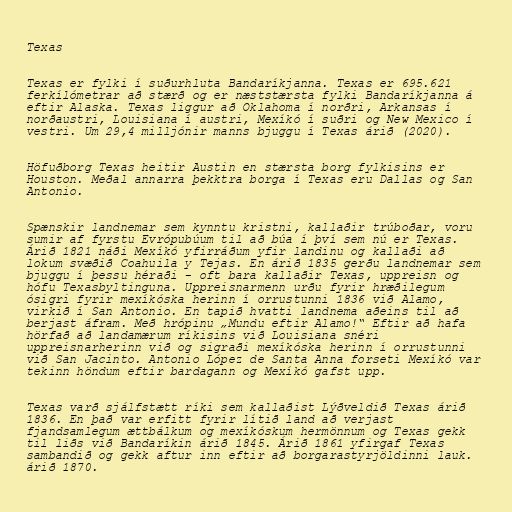
Texas

Texas er fylki í suðurhluta Bandaríkjanna. Texas er 695.621
ferkílómetrar að stærð og er næststærsta fylki Bandaríkjanna á
eftir Alaska. Texas liggur að Oklahoma í norðri, Arkansas í
norðaustri, Louisiana í austri, Mexíkó í suðri og New Mexico í
vestri. Um 29,4 milljónir manns bjuggu í Texas árið (2020).

Höfuðborg Texas heitir Austin en stærsta borg fylkisins er
Houston. Meðal annarra þekktra borga í Texas eru Dallas og San
Antonio.

Spænskir landnemar sem kynntu kristni, kallaðir trúboðar, voru
sumir af fyrstu Evrópubúum til að búa í því sem nú er Texas.
Árið 1821 náði Mexíkó yfirráðum yfir landinu og kallaði að
lokum svæðið Coahuila y Tejas. En árið 1835 gerðu landnemar sem
bjuggu í þessu héraði - oft bara kallaðir Texas, uppreisn og
hófu Texasbyltinguna. Uppreisnarmenn urðu fyrir hræðilegum
ósigri fyrir mexíkóska herinn í orrustunni 1836 við Alamo,
virkið í San Antonio. En tapið hvatti landnema aðeins til að
berjast áfram. Með hrópinu „Mundu eftir Alamo!“ Eftir að hafa
hörfað að landamærum ríkisins við Louisiana snéri
uppreisnarherinn við og sigraði mexíkóska herinn í orrustunni
við San Jacinto. Antonio López de Santa Anna forseti Mexíkó var
tekinn höndum eftir bardagann og Mexíkó gafst upp.

Texas varð sjálfstætt ríki sem kallaðist Lýðveldið Texas árið
1836. En það var erfitt fyrir lítið land að verjast
fjandsamlegum ættbálkum og mexíkóskum hermönnum og Texas gekk
til liðs við Bandaríkin árið 1845. Árið 1861 yfirgaf Texas
sambandið og gekk aftur inn eftir að borgarastyrjöldinni lauk.
árið 1870.